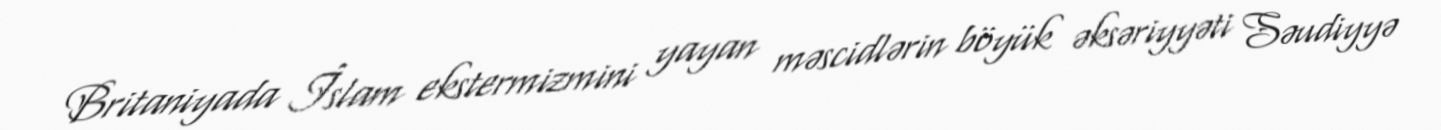
Britaniyada İslam ekstermizmini yayan məscidlərin böyük əksəriyyəti Səudiyyə